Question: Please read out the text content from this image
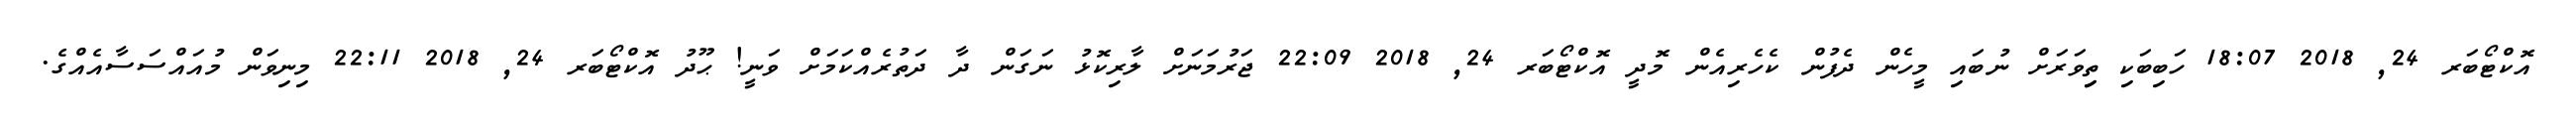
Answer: އޮކްޓޯބަރ 24, 2018 18:07 ހަބިބަކި ތިިވަރަށް ނުބައި މީހެން ދެފުން ކެހެރިއެން މޮދީ އޮކްޓޯބަރ 24, 2018 22:09 ޖަރުމަނަށް ލާރިކޮޅު ނަގަން ދާ ދަތުރެއްކަމަށް ވަނީ! ޙޫދު އޮކްޓޯބަރ 24, 2018 22:11 މިނިވަން މުއައްސަސާއެއްގެ.